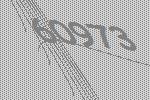
60973